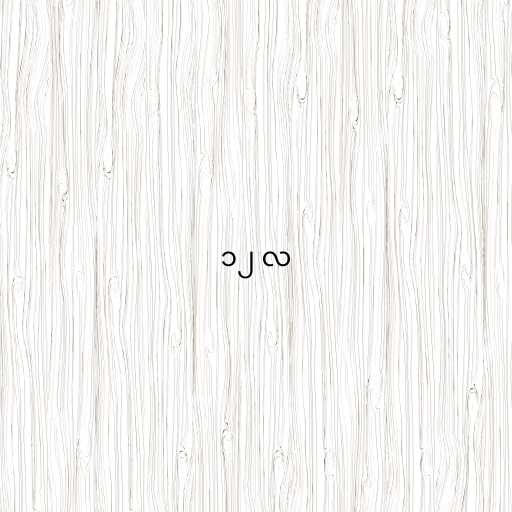
၁၂ လ